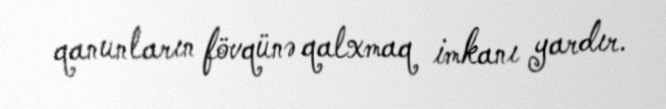
qanunların fövqünə qalxmaq imkanı yardır.